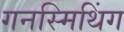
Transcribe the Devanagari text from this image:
गनस्मिथिंग